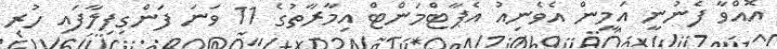
އޮއްވާ ފެނުނީ އަމީން އެވެނިއު އެޕާޓްމަންޓް އިމާރާތުގެ 11 ވަނަ ފަންގިފިލާފައި ހުރި